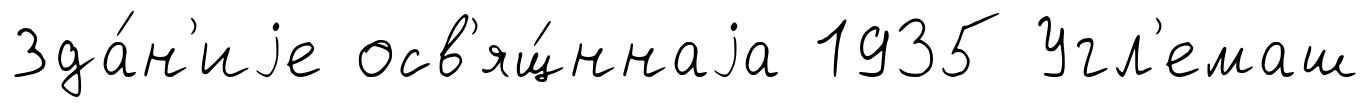
Зда́н'иjе осв'ящ́ннаjа 1935 Угл'емаш